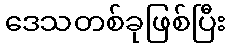
ဒေသတစ်ခုဖြစ်ပြီး